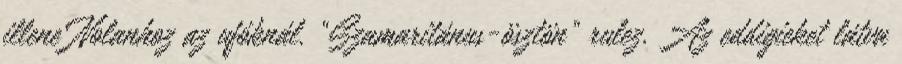
illene Nolanhoz az ufóknál. “Szamaritánus-ösztön” rulez. Az eddigieket látva